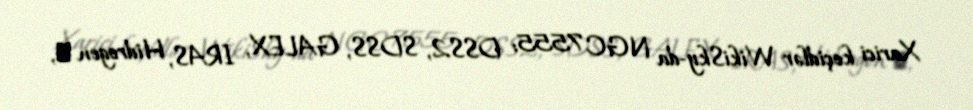
Xarici keçidlər WikiSky-da NGC 7555: DSS2, SDSS, GALEX, IRAS, Hidrogen α,